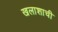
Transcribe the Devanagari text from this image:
खलाशाची